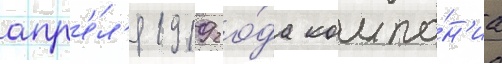
апр'е́л'я 1919 го́да компа́н'иа